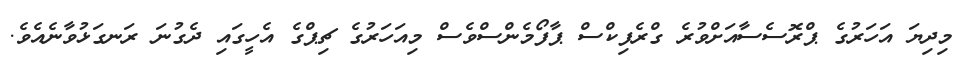
މިދިޔަ އަހަރުގެ ޕްރޮސެސާއަށްވުރެ ގްރެފިކްސް ޕާފޯމެންސްވެސް މިއަހަރުގެ ޗިޕްގެ އެހީގައި ދެގުނަ ރަނގަޅުވާނެއެވެ.